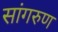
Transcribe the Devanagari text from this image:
सांगरुण